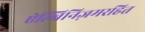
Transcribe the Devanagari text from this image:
ऐल्बिनिज़मरहित